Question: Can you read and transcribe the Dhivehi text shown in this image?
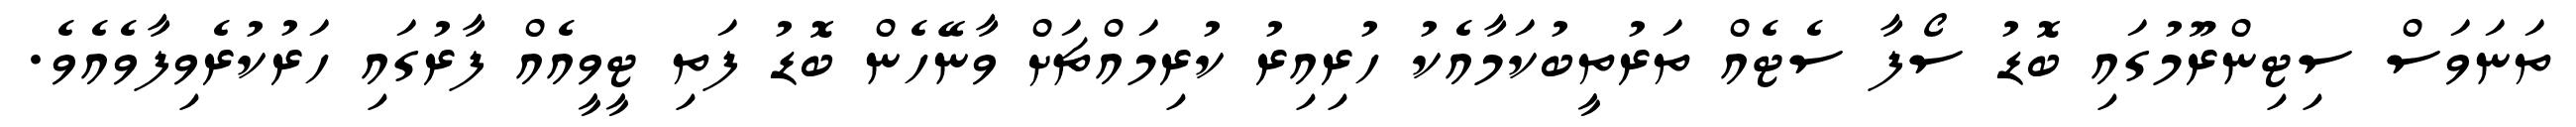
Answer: ތަނަވަސް ސިޓިންރޫމުގައި ބޮޑު ސޯފާ ސެޓެއް ތަރުތީބުކަމާއެކު ހުރިއިރު ކުރިމައްޗަށް ވާނޭހެން ބޮޑު ފަތި ޓީވީއެއް ފާރުގައި ހަރުކުރެވިފާވެއެވެ.